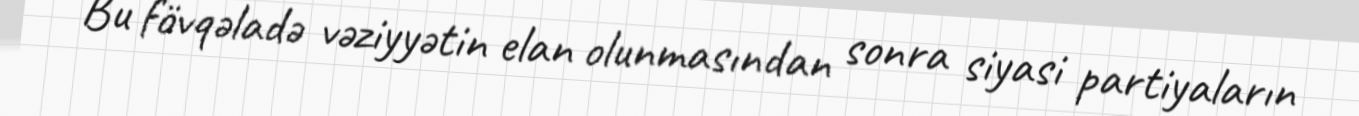
Bu fövqəladə vəziyyətin elan olunmasından sonra siyasi partiyaların